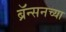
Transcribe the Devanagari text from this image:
ब्रॅन्सनच्या